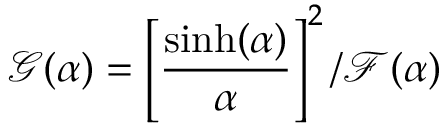
\mathcal { G } ( \alpha ) = \left[ \frac { \sinh ( \alpha ) } { \alpha } \right] ^ { 2 } / \mathcal { F } ( \alpha ) \,